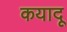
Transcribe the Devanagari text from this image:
कयादू